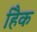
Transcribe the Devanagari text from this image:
हैिक